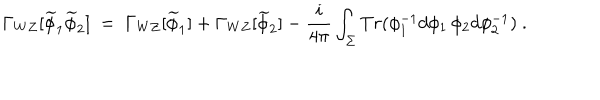
\Gamma _ { W Z } [ \widetilde { \phi } _ { 1 } \widetilde { \phi } _ { 2 } ] \ = \ \Gamma _ { W Z } [ \widetilde { \phi } _ { 1 } ] + \Gamma _ { W Z } [ \widetilde { \phi } _ { 2 } ] - \frac { i } { 4 \pi } \int _ { \Sigma } T r ( \phi _ { 1 } ^ { - 1 } d \phi _ { 1 } \, \phi _ { 2 } d \phi _ { 2 } ^ { - 1 } ) \ .